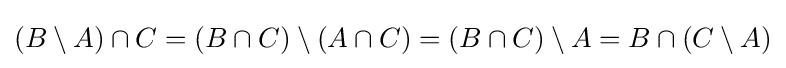
(B\setminus A)\cap C=(B\cap C)\setminus (A\cap C)=(B\cap C)\setminus A=B\cap (C\setminus A)